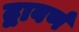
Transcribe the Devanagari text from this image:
द्वावर्ण